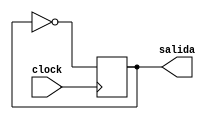
`timescale 1ns / 1ps
//////////////////////////////////////////////////////////////////////////////////
// Company: 
// Engineer: 
// 
// Design Name: 
// Module Name:    DivisorFrecuencia 
// Project Name: 
// Target Devices: 
// Tool versions: 
// Description: 
//
// Dependencies: 
//
// Revision: 
// Revision 0.01 - File Created
// Additional Comments: 
//
//////////////////////////////////////////////////////////////////////////////////
module DivisorFrecuencia(clock,salida);
input clock;
output reg salida;

reg freq = 0;

 always @ (posedge clock)
 begin
		  freq <= ~freq;
 end
     
  always @ (freq)
  begin
		salida = freq;
  end

endmodule